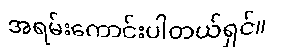
အရမ်းကောင်းပါတယ်ရှင်။